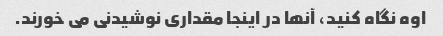
اوه نگاه کنید، آنها در اینجا مقداری نوشیدنی می خورند.